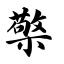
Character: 檠